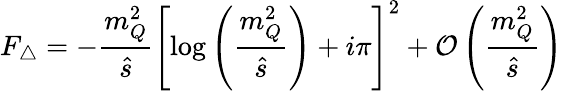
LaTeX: F_{\triangle}=-\frac{m_{Q}^{2}}{\hat{s}}\left[\log\left(\frac{m_{Q}^{2}}{\hat{s}}\right)+i\pi\right]^{2}+{\cal O}\left(\frac{m_{Q}^{2}}{\hat{s}}\right)